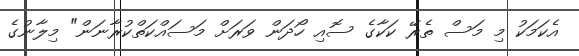
އެކަމަކު މި މަސް ތެރޭ ކަކާގެ ސޮއި ހޯދަން ވަރަށް މަސައްކަތްކުރާނަން" މިލާނުގެ